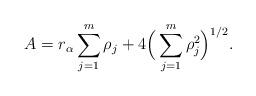
LaTeX: \begin{align*}A= r_\alpha \sum_{j=1}^m \rho_j + 4\Big( \sum_{j=1}^m \rho_j^2\Big)^{1/2}.\end{align*}